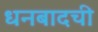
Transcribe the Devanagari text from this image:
धनबादची